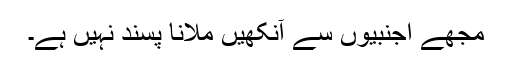
مجھے اجنبیوں سے آنکھیں ملانا پسند نہیں ہے۔